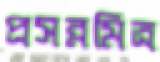
প্রসন্নমিত্র